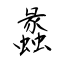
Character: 蠡